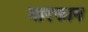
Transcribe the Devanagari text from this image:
मारफान